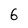
Character: 6